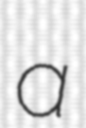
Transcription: a